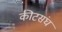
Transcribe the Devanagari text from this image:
कीटसंघ